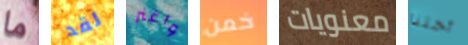
ما لقد واغنر خمن معنويات أختنا